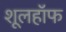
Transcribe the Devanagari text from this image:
शूलहॉफ